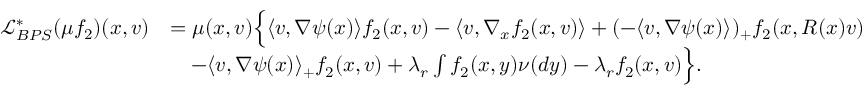
\begin{array} { r l } { \mathcal { L } _ { B P S } ^ { * } ( \mu f _ { 2 } ) ( x , v ) } & { = \mu ( x , v ) \Big \{ \langle v , \nabla \psi ( x ) \rangle f _ { 2 } ( x , v ) - \langle v , \nabla _ { x } f _ { 2 } ( x , v ) \rangle + ( - \langle v , \nabla \psi ( x ) \rangle ) _ { + } f _ { 2 } ( x , R ( x ) v ) } \\ & { \quad - \langle v , \nabla \psi ( x ) \rangle _ { + } f _ { 2 } ( x , v ) + \lambda _ { r } \int f _ { 2 } ( x , y ) \nu ( d y ) - \lambda _ { r } f _ { 2 } ( x , v ) \Big \} . } \end{array}